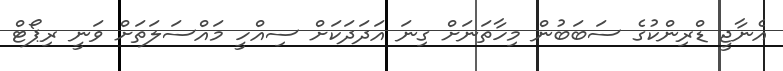
އެނާޖީ ޑްރިންކުގެ ސަބަބުން މިހާތަނަށް ގިނަ އަދަދަކަށް ސިއްހީ މައްސަލަތަށް ވަނީ ރިޕޯޓް